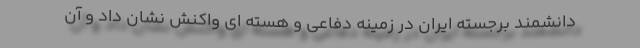
دانشمند برجسته ایران در زمینه دفاعی و هسته ای واکنش نشان داد و آن